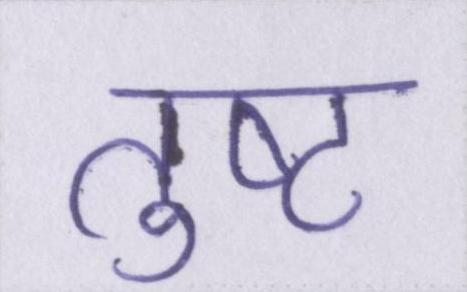
तुष्ट